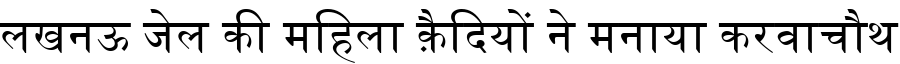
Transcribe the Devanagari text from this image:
लखनऊ जेल की महिला क़ैदियों ने मनाया करवाचौथ